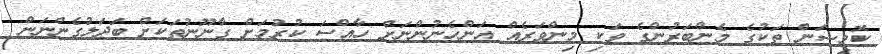
ކޮމިޝަން ތަކުގެ މެންބަރުންގެ ވަކި މިންވަރެއް އަންހެނުންނަށް ހާއްސަ ކުރުމަށް ގާނޫނުތަކަށް ބަދަލުގެންނަން